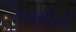
તસવીરની